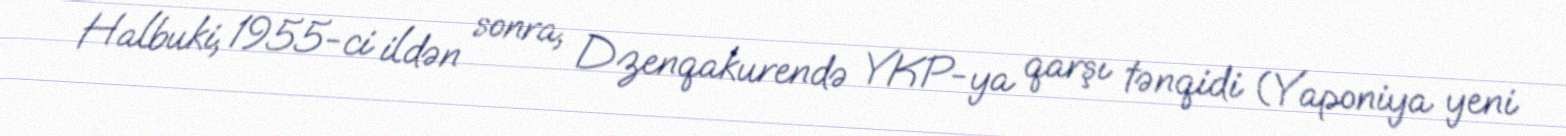
Halbuki, 1955-ci ildən sonra, Dzenqakurendə YKP-ya qarşı tənqidi (Yaponiya yeni